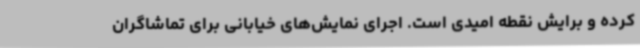
کرده و برایش نقطه امیدی است. اجرای نمایش‌های خیابانی برای تماشاگران